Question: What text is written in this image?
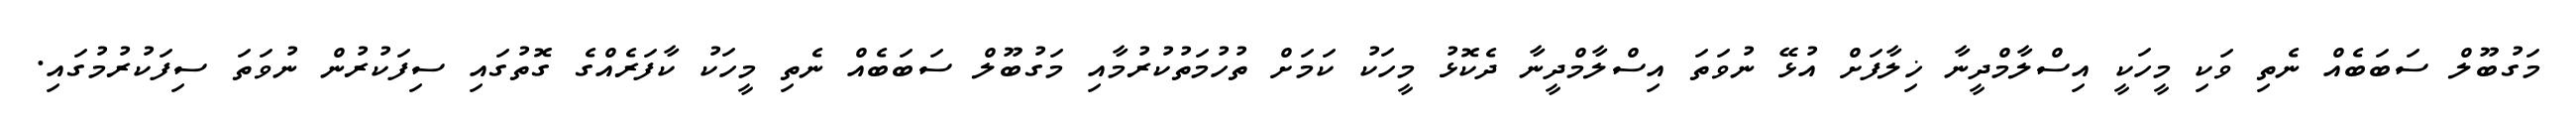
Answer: މަގުބޫލް ސަބަބެއް ނެތި ވަކި މީހަކީ އިސްލާމްދީނާ ޚިލާފަށް އުޅޭ ނުވަތަ އިސްލާމްދީނާ ދެކޮޅު މީހަކު ކަމަށް ތުހުމަތުކުރުމާއި މަގުބޫލް ސަބަބެއް ނެތި މީހަކު ކާފަރެއްގެ ގޮތުގައި ސިފަކުރުން ނުވަތަ ސިފަކުރުމުގައި.